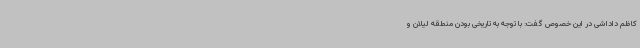
کاظم داداشی در این خصوص گفت: با توجه به تاریخی بودن منطقه لیلان و